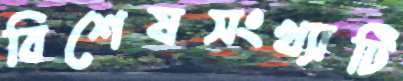
বিশেষসংখ্যাটি